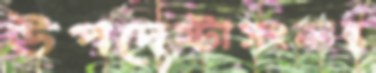
উপদেষ্টাসংক্রান্ত